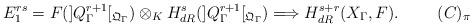
LaTeX: \begin{align*}E_{1}^{rs}=F(]Q_{\Gamma}^{r+1}[_{{\mathfrak Q}_{\Gamma}})\otimes_{K}H^s_{dR}(]Q_{\Gamma}^{r+1}[_{{\mathfrak Q}_{\Gamma}})\Longrightarrow H^{s+r}_{dR}(X_{\Gamma},F).\tag*{$(C)_{\pi}$}\end{align*}